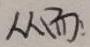
$h(\lambda).$